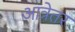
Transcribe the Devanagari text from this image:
आत्रेतर